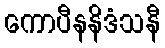
ကောပီနနိဒံသနီ